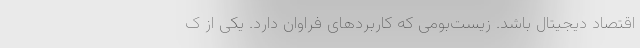
اقتصاد دیجیتال باشد. زیست‌بومی که کاربردهای فراوان دارد. یکی از ک